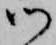
御